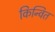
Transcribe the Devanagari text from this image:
किन्वित